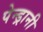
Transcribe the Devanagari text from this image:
पेन्ड्रानी